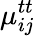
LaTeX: \mu_{ij}^{tt}